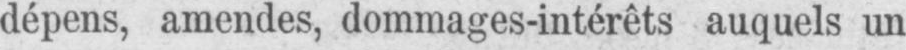
dépens, amendes, dommages-intérêts auquels un